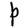
Character: P